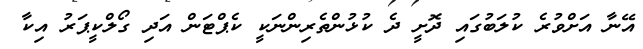
އޭނާ އަށްވުރެ ކުލަބުގައި ދޮށީ ދެ ކުޅުންތެރިންނަކީ ކެޕްޓަން އަދި ގޯލްކީޕަރު އިކާ